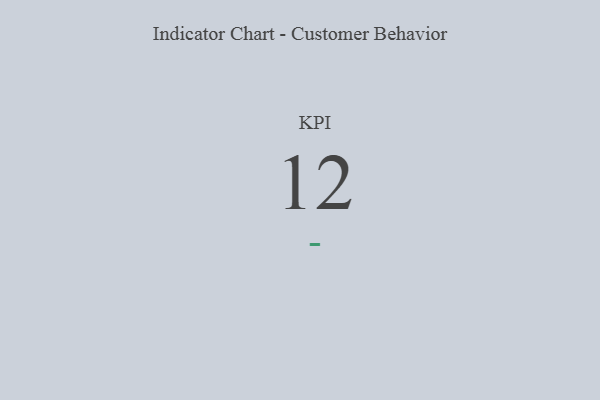
{"axis": {"x": "KPI", "y": "Value"}, "legend": [""], "data": [{"x": "KPI", "y": 12, "type": ""}]}